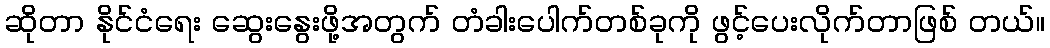
ဆိုတာ နိုင်ငံရေး ဆွေးနွေးဖို့အတွက် တံခါးပေါက်တစ်ခုကို ဖွင့်ပေးလိုက်တာဖြစ် တယ်။